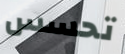
تحسس